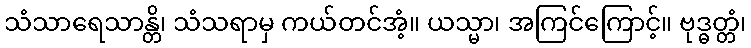
သံသာရေသာန္တိ၊ သံသရာမှ ကယ်တင်အံ့။ ယသ္မာ၊ အကြင်ကြောင့်။ ဗုဒ္ဓတ္တံ၊